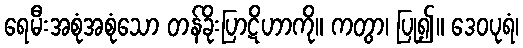
ရေမီးအစုံအစုံသော တန်ခိုးပြာဋိဟာကို။ ကတွာ၊ ပြု၍။ ဒေဝပုရံ၊